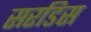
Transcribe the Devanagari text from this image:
सरडिस